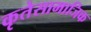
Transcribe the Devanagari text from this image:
कृतेसामाजिक